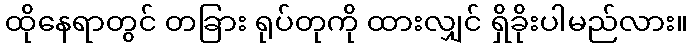
ထိုနေရာတွင် တခြား ရုပ်တုကို ထားလျှင် ရှိခိုးပါမည်လား။